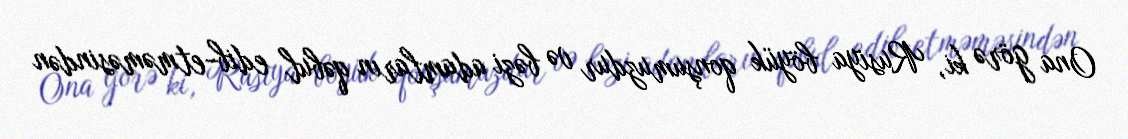
Ona görə ki, Rusiya böyük qonşumuzdur və bəzi adamların qəbul edib-etməməsindən